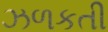
ઝળકતી